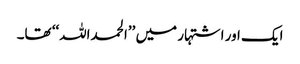
ایک اور اشتہار میں ’’الحمداللہ‘‘ تھا۔